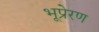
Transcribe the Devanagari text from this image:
भूप्रेरण